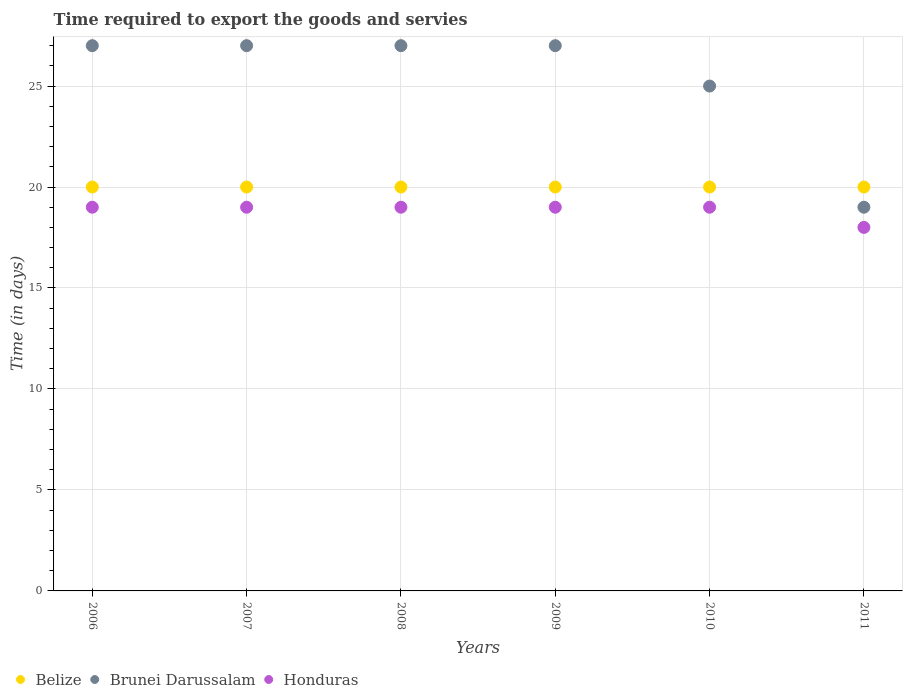
| Years | Belize | Brunei Darussalam | Honduras |
 | --- | --- | --- | --- |
 | 2006 | 20 | 27 | 19 |
 | 2007 | 20 | 27 | 19 |
 | 2008 | 20 | 27 | 19 |
 | 2009 | 20 | 27 | 19 |
 | 2010 | 20 | 25 | 19 |
 | 2011 | 20 | 19 | 18 |